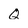
Character: Q